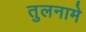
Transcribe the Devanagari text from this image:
तुलनामे